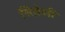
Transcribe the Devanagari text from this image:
सितेशी